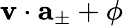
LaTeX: \mathbf{v}\cdot\mathbf{a}_{\pm}+\phi